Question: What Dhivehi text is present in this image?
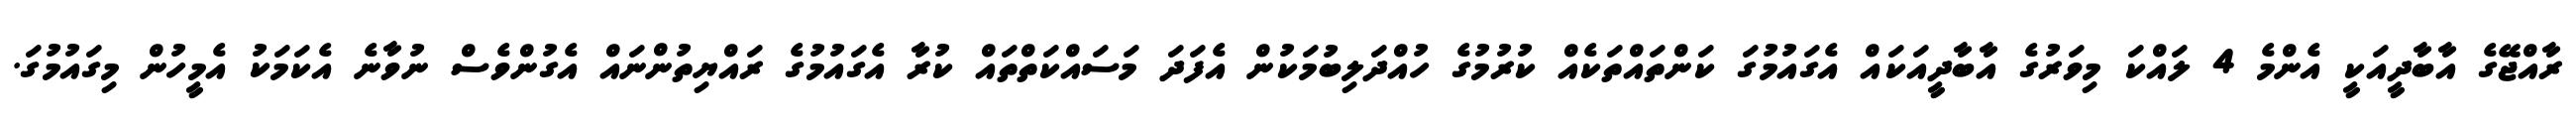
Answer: ރާއްޖޭގެ އާބާދީއަކީ އެންމެ 4 ލައްކަ މިވަރުގެ އާބާދީއަކައް އެގައުމުގަ ކަންތައްތަކެއް ކުރުމުގެ ހުއްދަލިބުމަކުން އެފަދަ މަސައްކަތްތައް ކުރާ އެގައުމުގެ ރައްޔިތުންނައް އެގުންވެސް ނުވާނެ އެކަމަކު އެމީހުން މިގައުމުގަ.